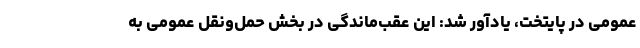
عمومی در پایتخت، یادآور شد: این عقب‌ماندگی در بخش حمل‌ونقل عمومی به